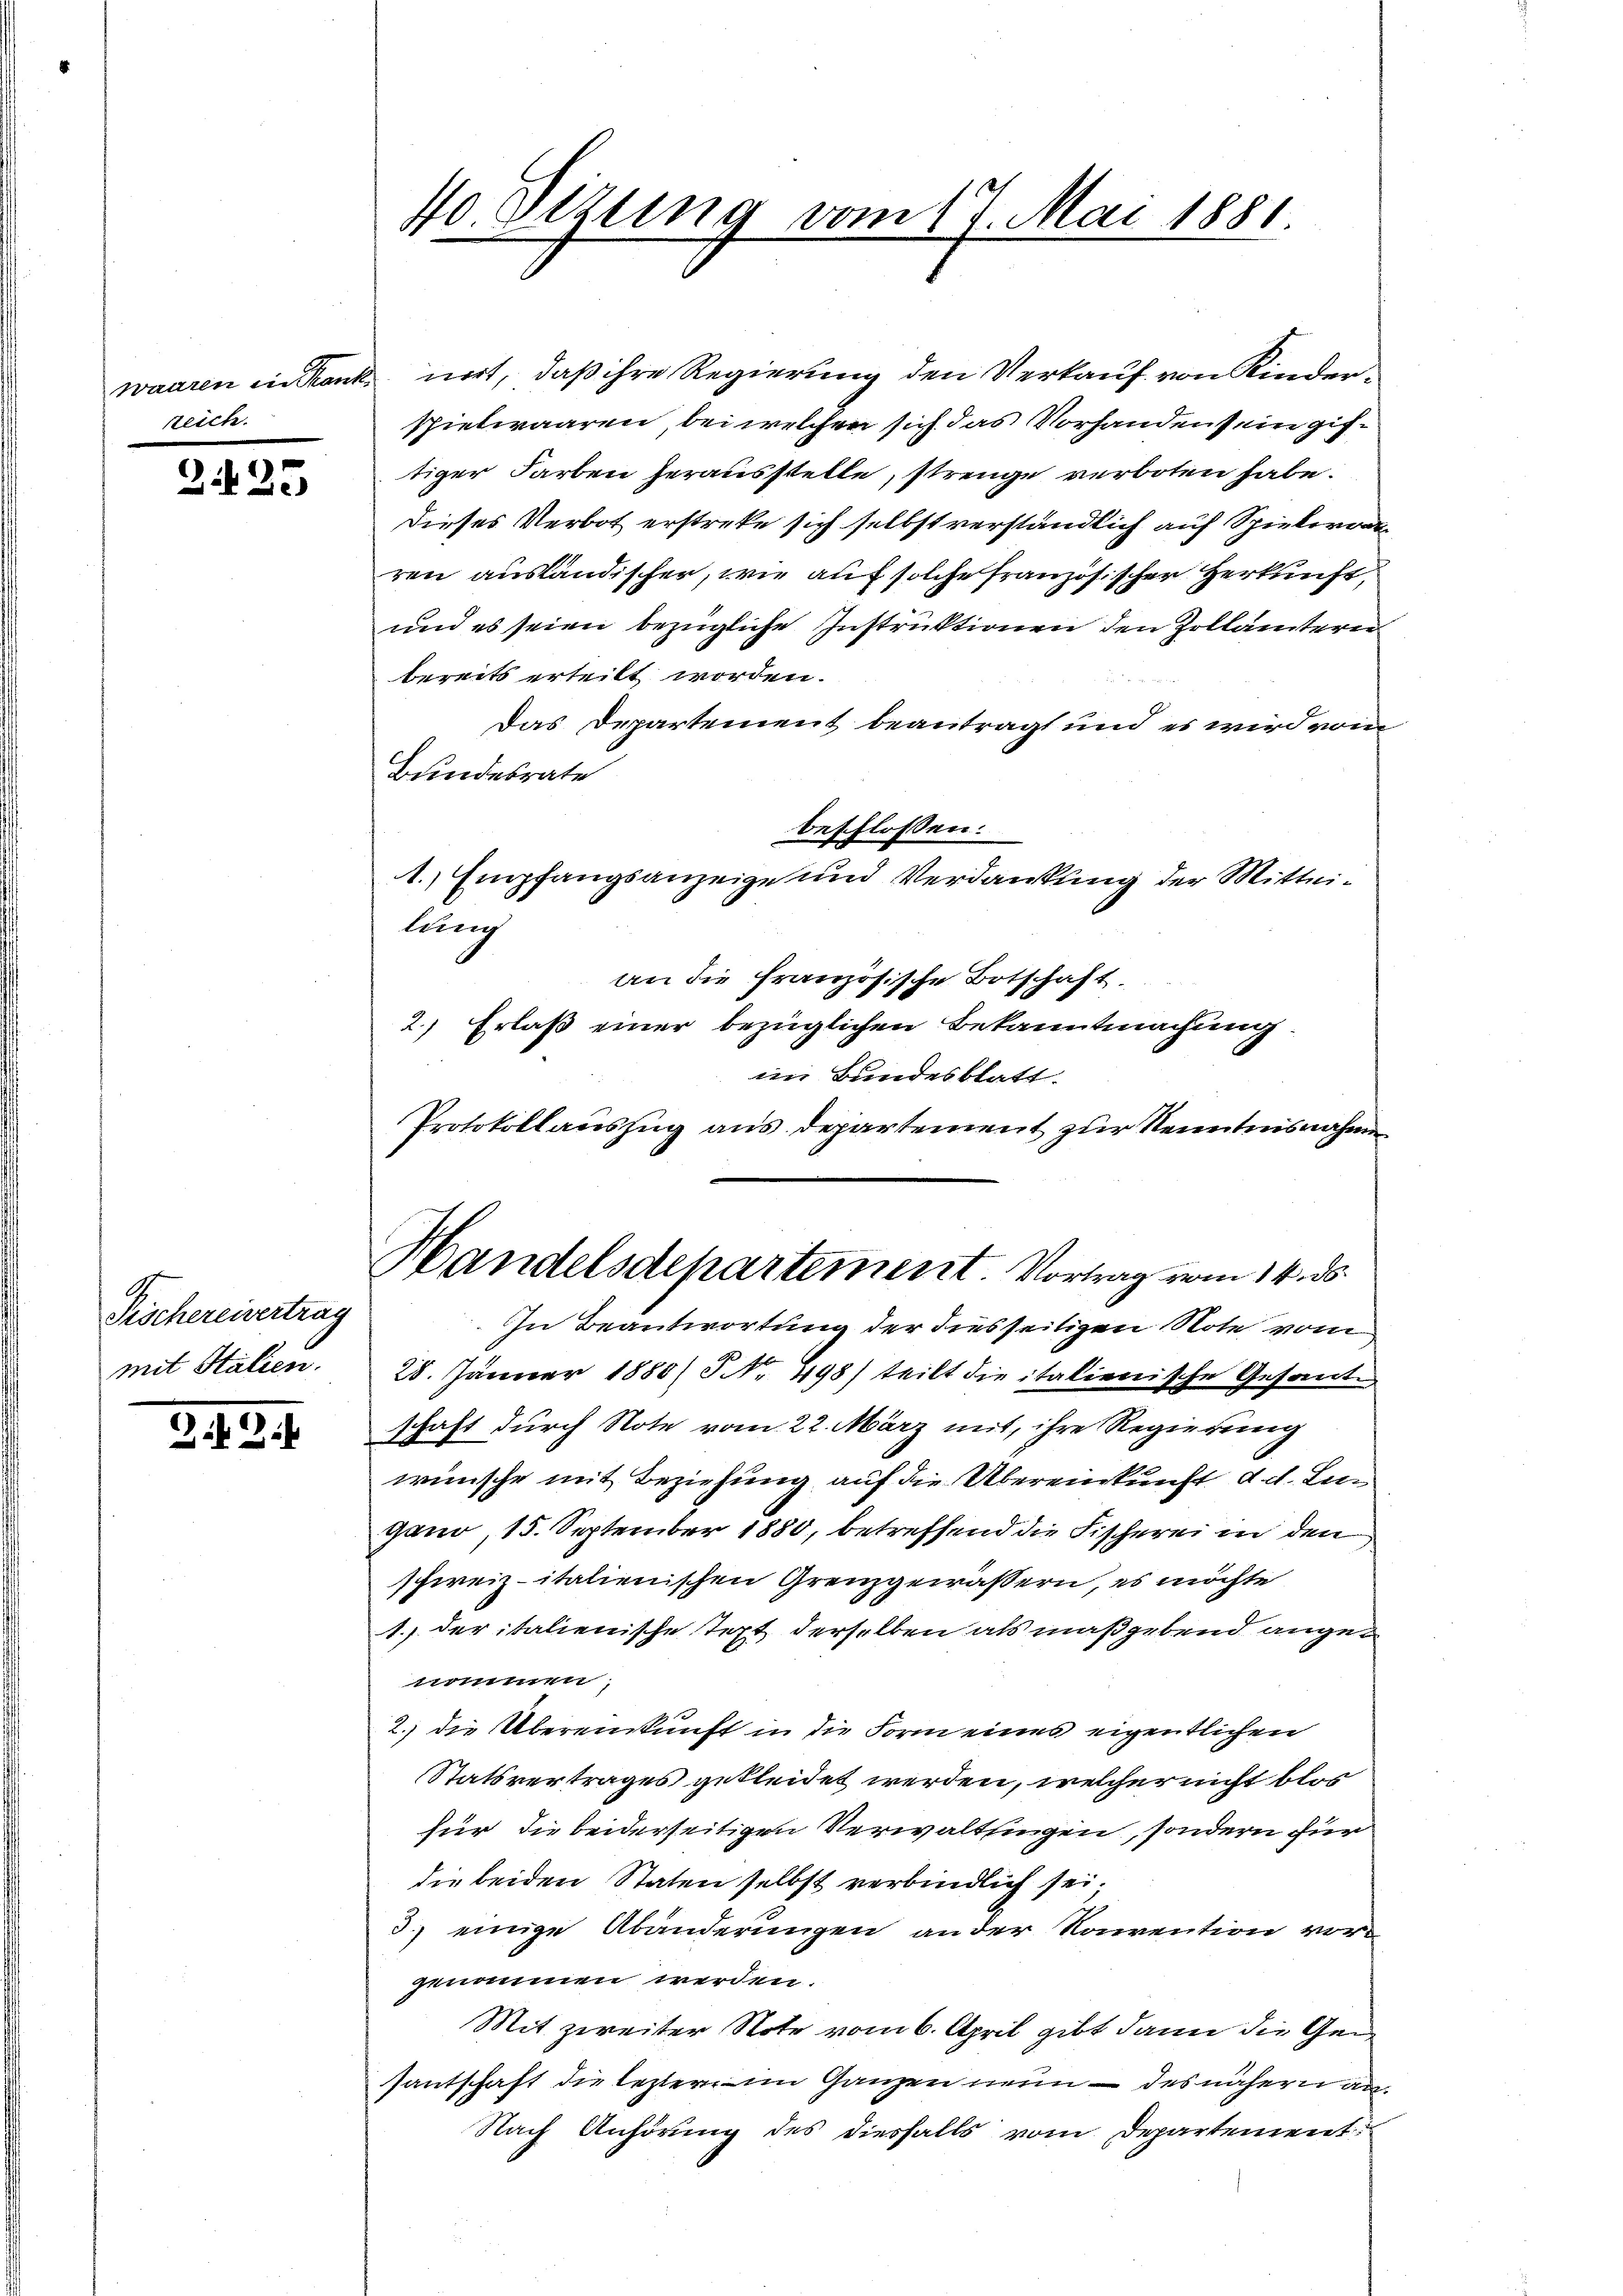
reich.

2425

Fischereivertrag
mit Stalien.

2. 3.

40. Sizung vom 17. Mai 1881.

Protokollauszug aus departement zur Kenntnisnahmen
Handelsdepartement. Vortrag vom 14. ds.

waaren in Krank mit, daß ihre Regierung den Verkauf von Kinderspielwaaren, bei welchen sich das Vorhanden sein giftiger Farben herausstelle, strenge verboten habe.
Dieses Verbot erstreke sich selbst verständlich auf Spielerrat
ren ausländischer, wie auf solche französischer Herkunft,
und es seien bezügliche Instruktionen den Zollämtern
bereits erteilt worden.
Das Departement beantragt und es wird vom
Bundesrate
beschlossen:
1. Empfangsanzeige und Verdankung der Mitteilang
an die Französische Botschaft.
2.) Erlaß einer bezüglichen Bekanntmachung.
in Bundesblatt.
In Beantwortung der diesseitigen Note vom
28. Jänner 1885/ NNo. 498) teilt die italienische Gesante
schaft durch Note vom 22. März mit, ihre Regierung
wünsche mit Beziehung auf die Übereinkunft d. d. Lin
gano, 15. September 1880, betreffend die Fischerei in den
schweiz italienischen Grenzgewässern, es möchte
1. der italienische Text derselben als maßgebend ange¬
1mumen
2.) die Übereinkunft in die Form eines eigentlichen
Statsvertrages gekleidet werden, welcher nicht blos
für die beiderseitigen Verwaltungen, sondern für
die beiden Staten selbst verbindlich sei.
3.) einige Abänderungen ander Konvention vor
genommen werden.
Mit zweiter Note vom 6. April gibt dann die Gesantschaft die leztere im Ganzen neun – des nähern an
Nach Anhörung des diesfalls vom Departement